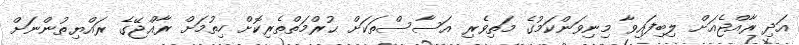
އަދި ރާއްޖެއަށް ލިބިފައިވާ މިނިވަންކަމުގެ މަތިވެރި އަސާސްތަކަށް ޙުރްމަތްތެރިކޮށް ހިތުމަށް ރާއްޖޭގެ ރައްޔިތުންނަށް